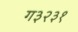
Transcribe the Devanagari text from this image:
ग३२३१